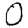
Digit: 0